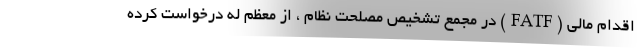
اقدام مالی (FATF) در مجمع تشخیص مصلحت نظام ، از معظم له درخواست کرده